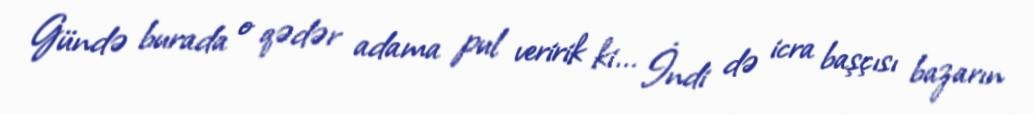
Gündə burada o qədər adama pul veririk ki... İndi də icra başçısı bazarın